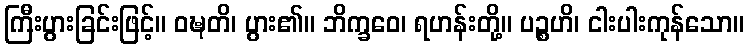
ကြီးပွားခြင်းဖြင့်။ ဝဍ္ဎတိ၊ ပွား၏။ ဘိက္ခဝေ၊ ရဟန်းတို့။ ပဉ္စဟိ၊ ငါးပါးကုန်သော။